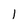
Character: 1